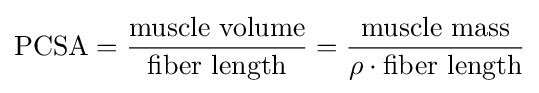
{\text{PCSA}}={{\text{muscle volume}} \over {\text{fiber length}}}={{\text{muscle mass}} \over {\rho \cdot {\text{fiber length}}}}